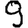
Digit: 9